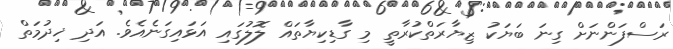
ރަސްފަންނަށް ގިނަ ބަޔަކު ޒިޔާރަތްކުރާތީ މި ގާޑިކިޔާތައް ލޮލުގައި އަޅައިގަނެއެވެ. އަދި ޚިދުމަތް